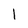
Character: l